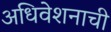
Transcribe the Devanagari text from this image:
अधिवेशनाची